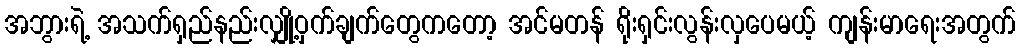
အဘွားရဲ့ အသက်ရှည်နည်းလျှို့ဝှက်ချက်တွေကတော့ အင်မတန် ရိုးရှင်းလွန်းလှပေမယ့် ကျန်းမာရေးအတွက်